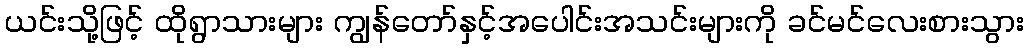
ယင်းသို့ဖြင့် ထိုရွာသားများ ကျွန်တော်နှင့်အပေါင်းအသင်းများကို ခင်မင်လေးစားသွား